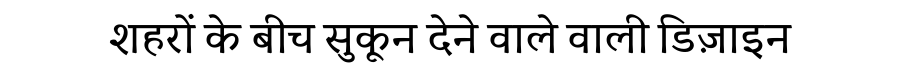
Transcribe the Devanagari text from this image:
शहरों के बीच सुकून देने वाले वाली डिज़ाइन